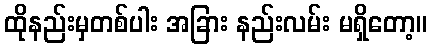
ထိုနည်းမှတစ်ပါး အခြား နည်းလမ်း မရှိတော့။